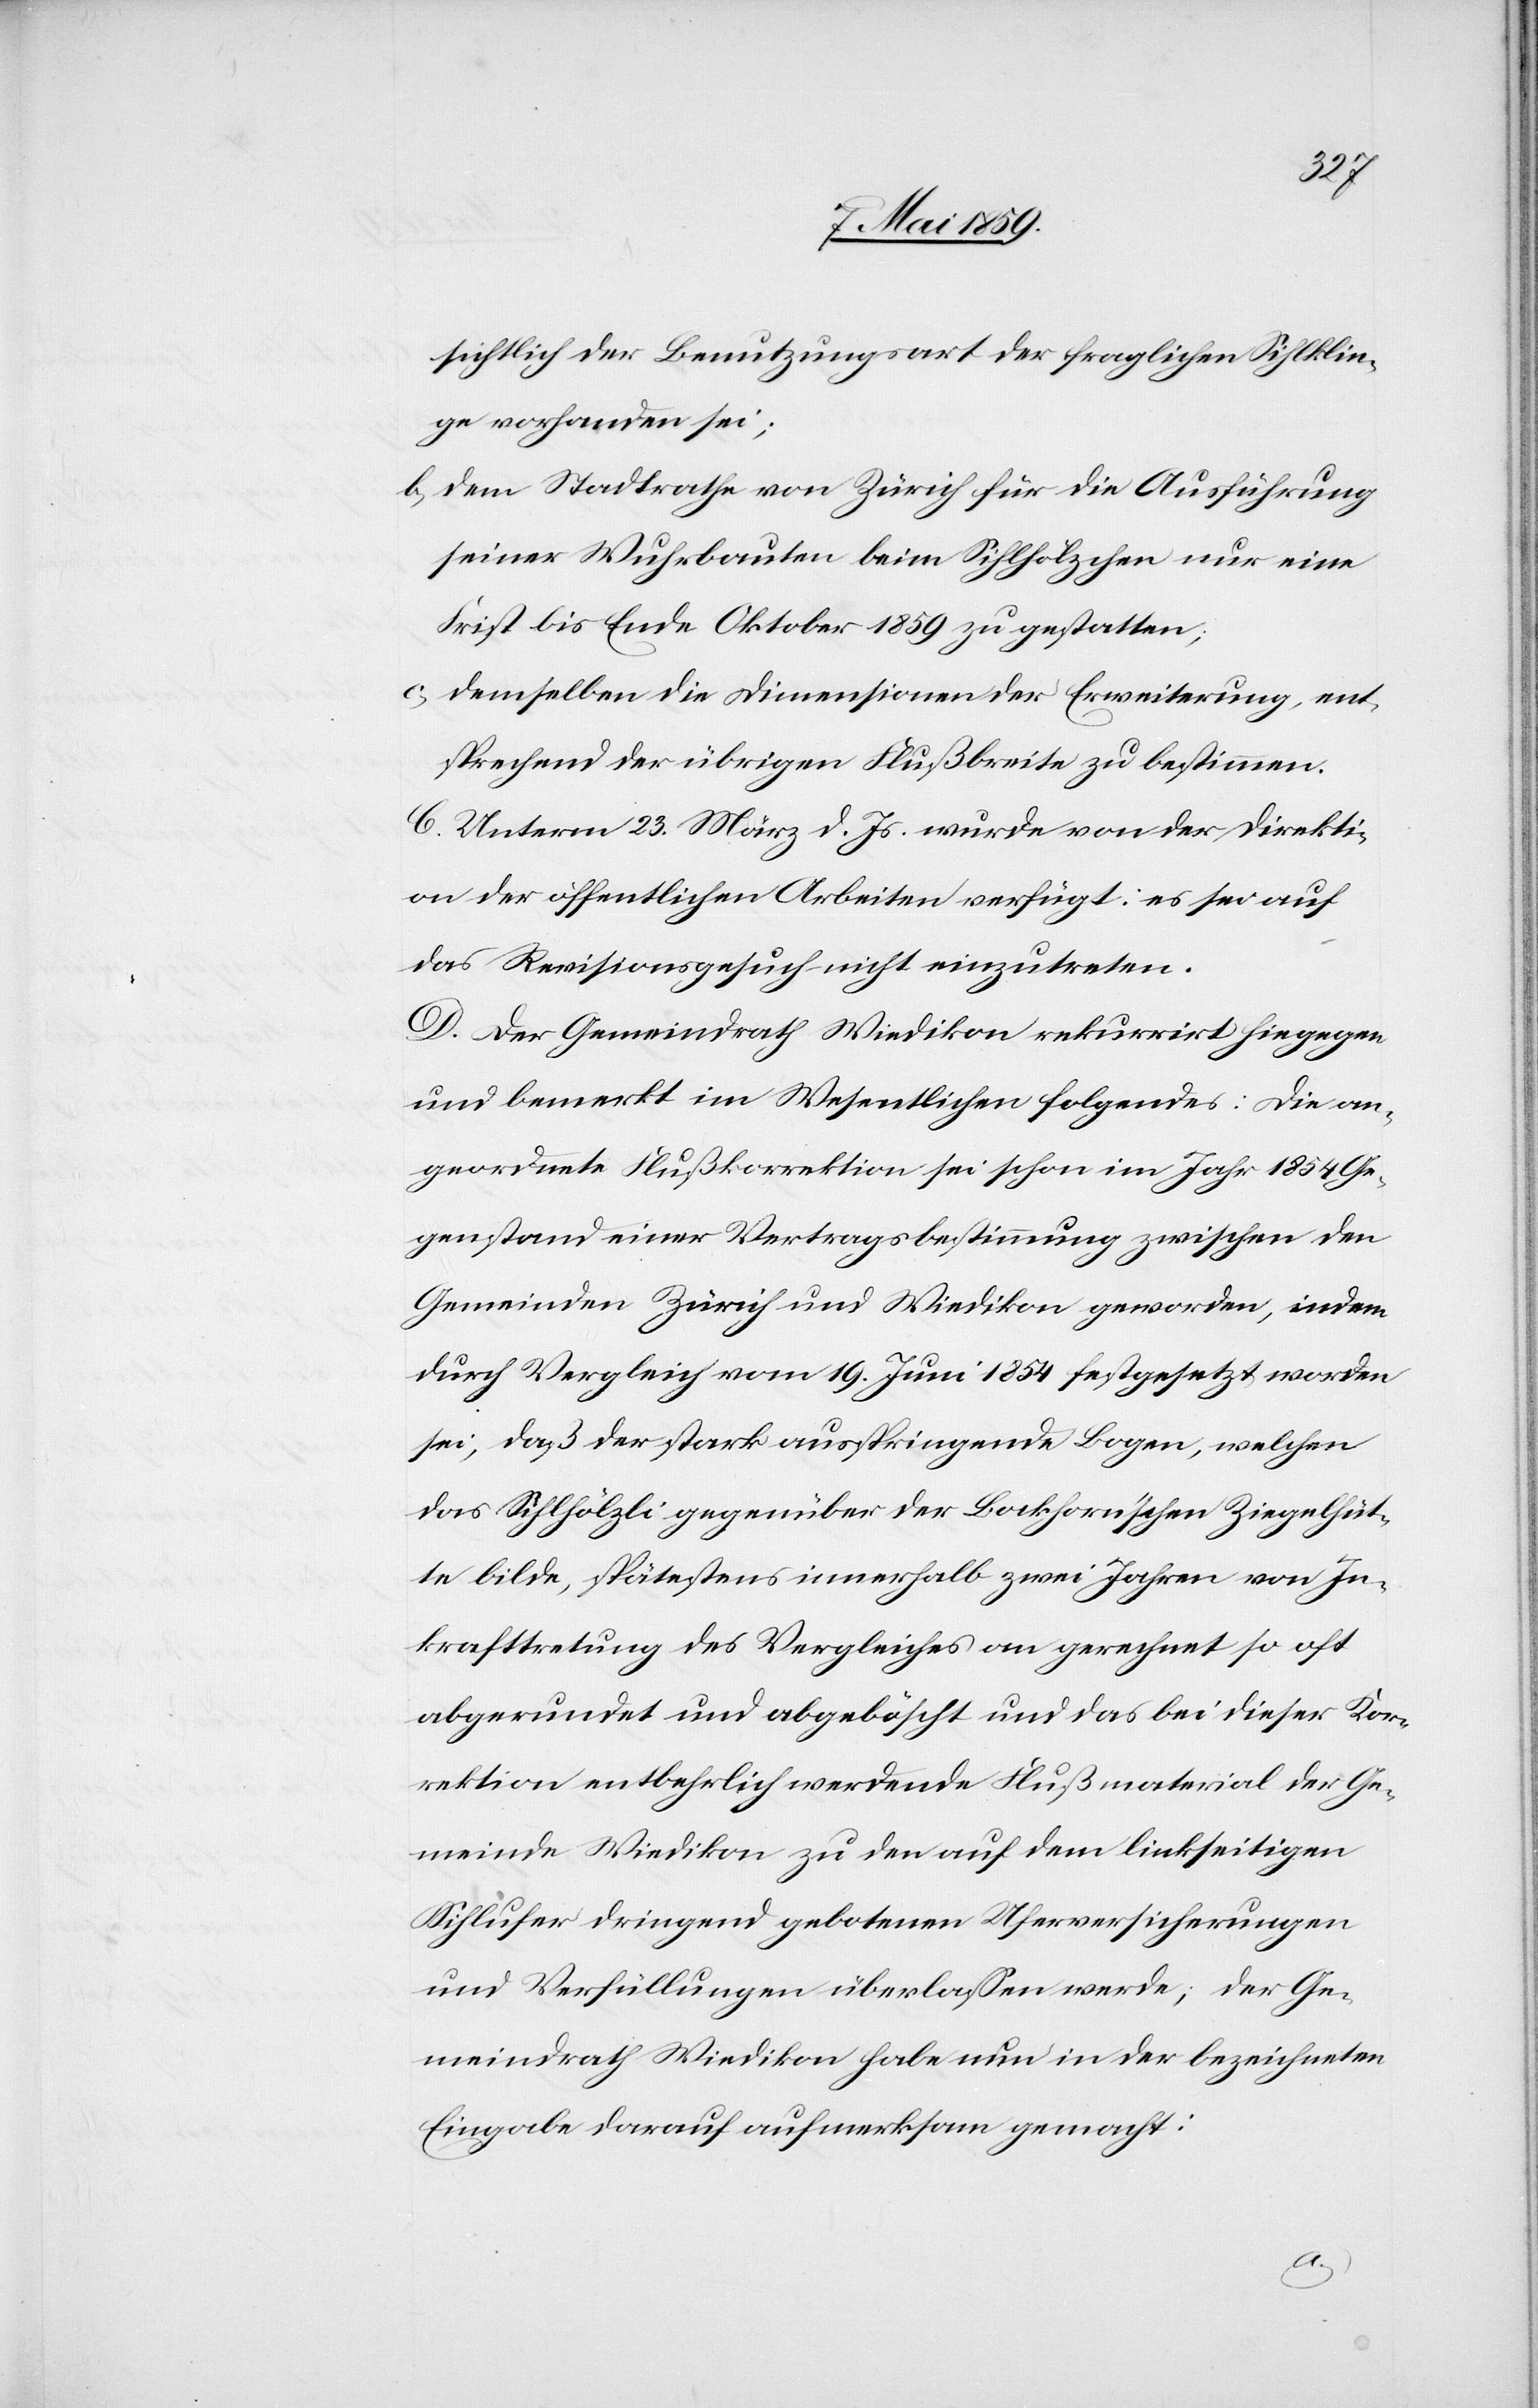
sichtlich der Benutzungsart der fraglichen Sihlklin¬
ge vorhanden sei;
b) dem Stadtrathe von Zürich für die Ausführung
seiner Wuhrbauten beim Sihlhölzchen nur eine
Frist bis Ende Oktober 1859 zu gestatten;
c) demselben die Dimensionen der Erweiterung, ent¬
sprechend der übrigen Flußbreite zu bestimmen.
C. Unterm 23. März d. Js. wurde von der Direkti¬
on der öffentlichen Arbeiten verfügt: es sei auf
das Revisionsgesuch nicht einzutreten.
D. Der Gemeindrath Wiedikon rekurrirt hingegen
und bemerkt im Wesentlichen folgendes: die an¬
geordnete Flußkorrektion sei schon im Jahr 1854 Ge¬
genstand einer Vertragsbestimmung zwischen den
Gemeinden Zürich und Wiedikon geworden, indem
durch Vergleich vom 19. Juni 1854 festgesetzt worden
sei, daß der stark ausspringende Bogen, welchen
das Sihlhölzli gegenüber der Bockhorn’schen Ziegelhüt¬
te bilde, spätestens innerhalb zwei Jahren von In¬
krafttretung des Vergleiches an gerechnet so oft
abgerundet und abgeböscht und das bei dieser Kor¬
rektion entbehrlich werdende Flußmaterial der Ge¬
meinde Wiedikon zu den auf dem linkseitigen
Sihlufer dringen gebotenen Uferversicherungen
und Verfüllungen überlaßen werde; der Ge¬
meindrath Wiedikon habe nun in der bezeichneten
Eingabe darauf aufmerksam gemacht: